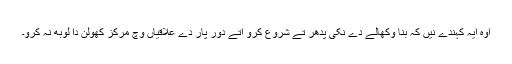
اوہ ایہ کہندے نیں کہ بنا وکھالے دے نکی پدھر تے شروع کرو اتے دور پار دے علاقیاں وچ مرکز کھولن دا لوبھ نہ کرو۔